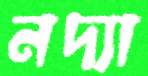
নদ্যা